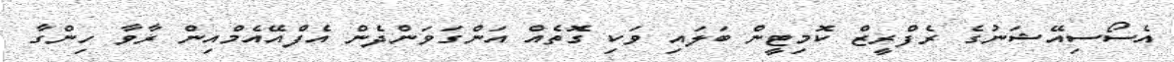
އެސޯސިއޭޝަނުގެ ރެފްރީޒް ކޮމިޓީން ބަލައި ވަކި ގޮތެއް އަންގަވަންދެން އެފްއޭއެމްއިން ރާވާ ހިންގާ